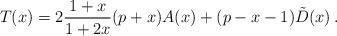
LaTeX: \begin{align*} T(x) =2\frac{1+x}{1+2x}(p+x)A(x)+(p-x-1)\tilde D(x)\,.\end{align*}